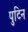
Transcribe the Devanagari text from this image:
पुटिन